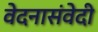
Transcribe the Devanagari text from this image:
वेदनासंवेदी